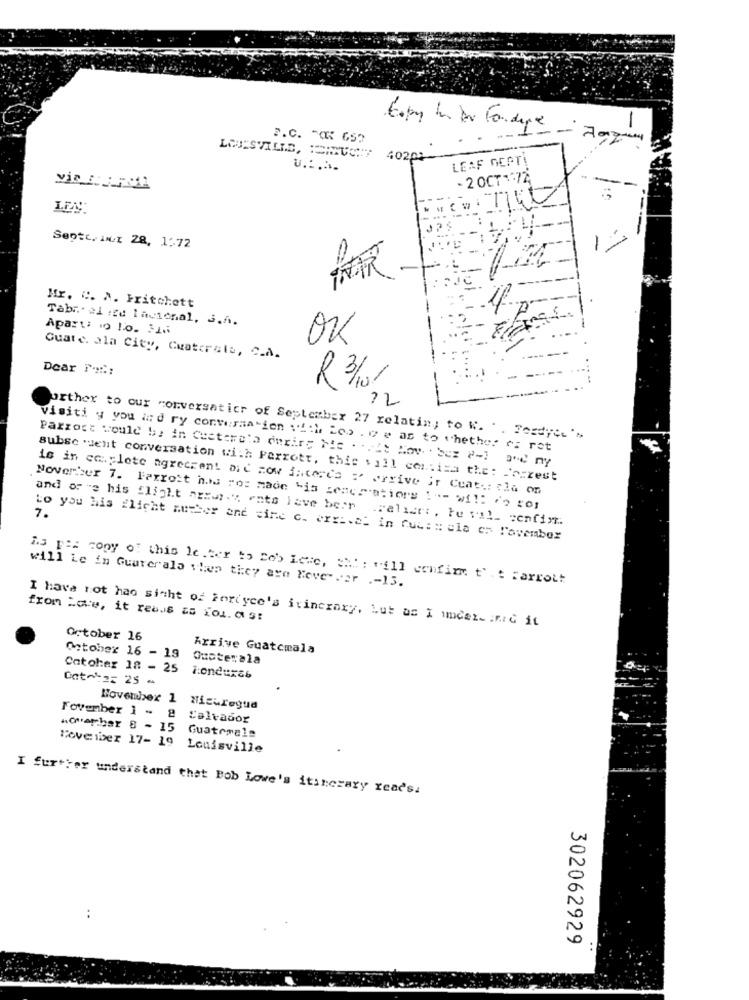
1
P.C. - OK 653
LOUISVILLE, SIPUCH:7 4020%
LEAF GERTI
u .:...
. 2 OCT 1 /2
Septc, in.I 28, 1 :- 72
Mr. C. A. Fritchett
4
Tabreal ize lacional, S.A.
Apart: io lo. 316
OK
Cuate. ala City, Guaterate, C.A.
Dear F.m .:
R3/10/
12
Porther to our conversatier of September 27 relatin, to W. . . Fordyce'"
visiti y you ind ry conversation 14:le Los . ve as to whether or rot
Parrost would be in Cestersta during Mie . . Mit Kov . sez 2-1 and ny
subse sent conversation with Parrott, this vill con:iza the: Potrest
is in ca.plote agreerent aid =ow iacerca : arrive ir Ceat -: : 16 on
November 7. Parrott his ror main his sescreations !"= will do con
7.
and of "e his flight azzasy ents lave berr raliert, te vil_ cenfim ..
Lo you his flicht mutter and cine c. arrival in fus: : ela cz November
will Le in Guarerala when they are Move- ver .- 13.
is pia copy of this letter to Cob Lene, " : vill confirm t'. t parrott
from Lake, it reaus as TOL. AS!
I have not hao sicht of Fordyce's itincraxy, Lut as I under- . FrG it
October 16
Arrive Guatemala
October 16 - 19 Ousterala
Catoher 18 - 25 1:onduxab
Gato 2= 25 -
November 1 Hiculegua
Fovember 1 - 8 Salvador
Guatemala
Move iber 17- 19 Louisville
I further understand that Bob Lowe's itinerary reads.
302062929